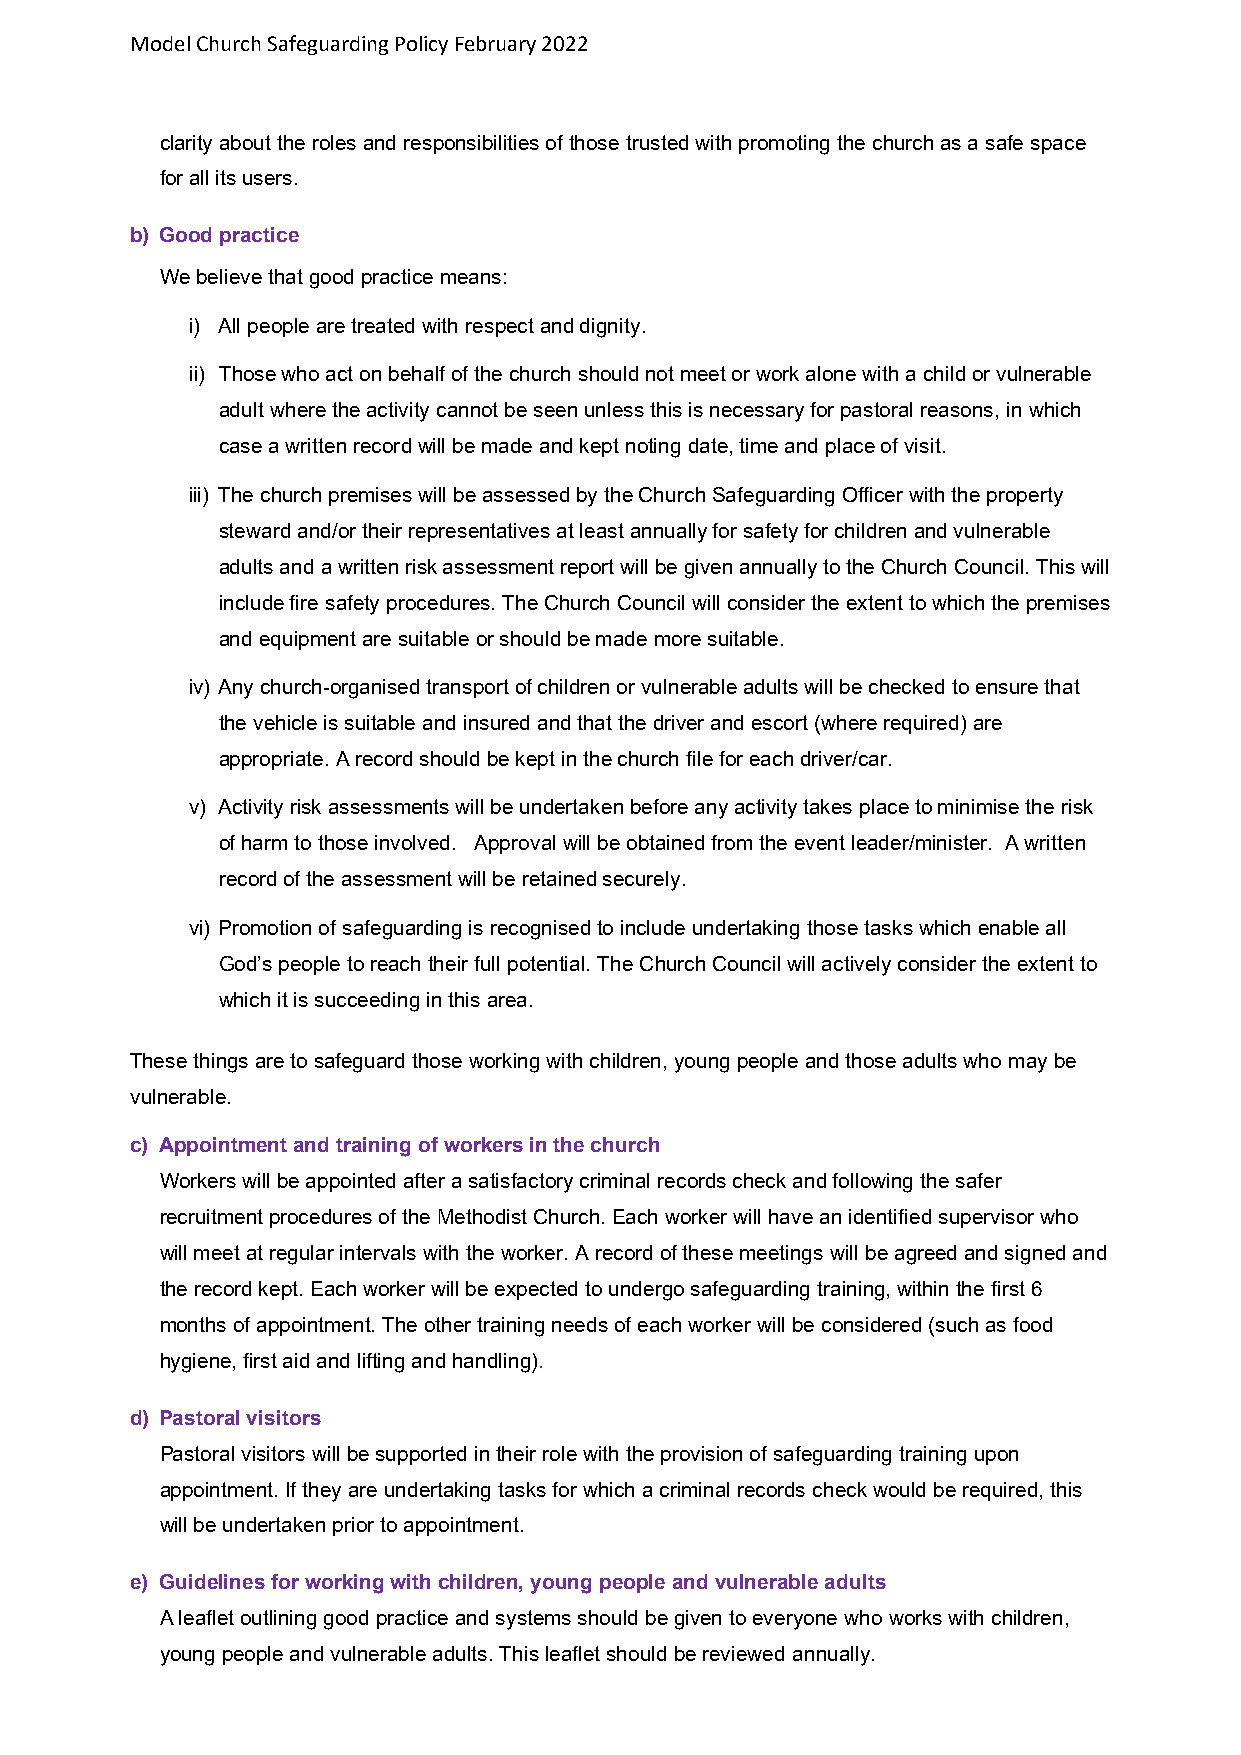
Model Church Safeguarding Policy February 2022
 clarity about the roles and responsibilities of those trusted with promoting the church as a safe space
 for all its users.
 b) Good practice
 We believe that good practice means:
 i) All people are treated with respect and dignity.
 ii) Those who act on behalf of the church should not meet or work alone with a child or vulnerable
 adult where the activity cannot be seen unless this is necessary for pastoral reasons, in which
 case a written record will be made and kept noting date, time and place of visit.
 iii) The church premises will be assessed by the Church Safeguarding Officer with the property
 steward and/or their representatives at least annually for safety for children and vulnerable
 adults and a written risk assessment report will be given annually to the Church Council. This will
 include fire safety procedures. The Church Council will consider the extent to which the premises
 and equipment are suitable or should be made more suitable.
 iv) Any church-organised transport of children or vulnerable adults will be checked to ensure that
 the vehicle is suitable and insured and that the driver and escort (where required) are
 appropriate. A record should be kept in the church file for each driver/car.
 v) Activity risk assessments will be undertaken before any activity takes place to minimise the risk
 of harm to those involved. Approval will be obtained from the event leader/minister. A written
 record of the assessment will be retained securely.
 vi) Promotion of safeguarding is recognised to include undertaking those tasks which enable all
 God’s people to reach their full potential. The Church Council will actively consider the extent to
 which it is succeeding in this area.
 These things are to safeguard those working with children, young people and those adults who may be
 vulnerable.
 c) Appointment and training of workers in the church
 Workers will be appointed after a satisfactory criminal records check and following the safer
 recruitment procedures of the Methodist Church. Each worker will have an identified supervisor who
 will meet at regular intervals with the worker. A record of these meetings will be agreed and signed and
 the record kept. Each worker will be expected to undergo safeguarding training, within the first 6
 months of appointment. The other training needs of each worker will be considered (such as food
 hygiene, first aid and lifting and handling).
 d) Pastoral visitors
 Pastoral visitors will be supported in their role with the provision of safeguarding training upon
 appointment. If they are undertaking tasks for which a criminal records check would be required, this
 will be undertaken prior to appointment.
 e) Guidelines for working with children, young people and vulnerable adults
 A leaflet outlining good practice and systems should be given to everyone who works with children,
 young people and vulnerable adults. This leaflet should be reviewed annually.